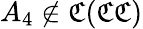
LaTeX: A_{4}\not\in{\mathfrak{C}}({\mathfrak{C}}{\mathfrak{C}})